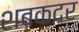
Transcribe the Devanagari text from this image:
शबकदर